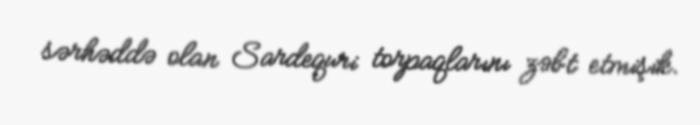
sərhəddə olan Sardequri torpaqlarını zəbt etmişik.